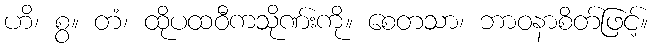
ဟိ၊ စွ။ တံ၊ ထိုပထဝီကသိုဏ်းကို။ စေတသာ၊ ဘာဝနာစိတ်ဖြင့်။